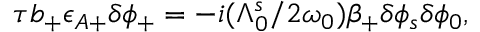
\begin{array} { r } { \tau b _ { + } \epsilon _ { A + } \delta \phi _ { + } = - i ( \Lambda _ { 0 } ^ { s } / 2 \omega _ { 0 } ) \beta _ { + } \delta \phi _ { s } \delta \phi _ { 0 } , } \end{array}